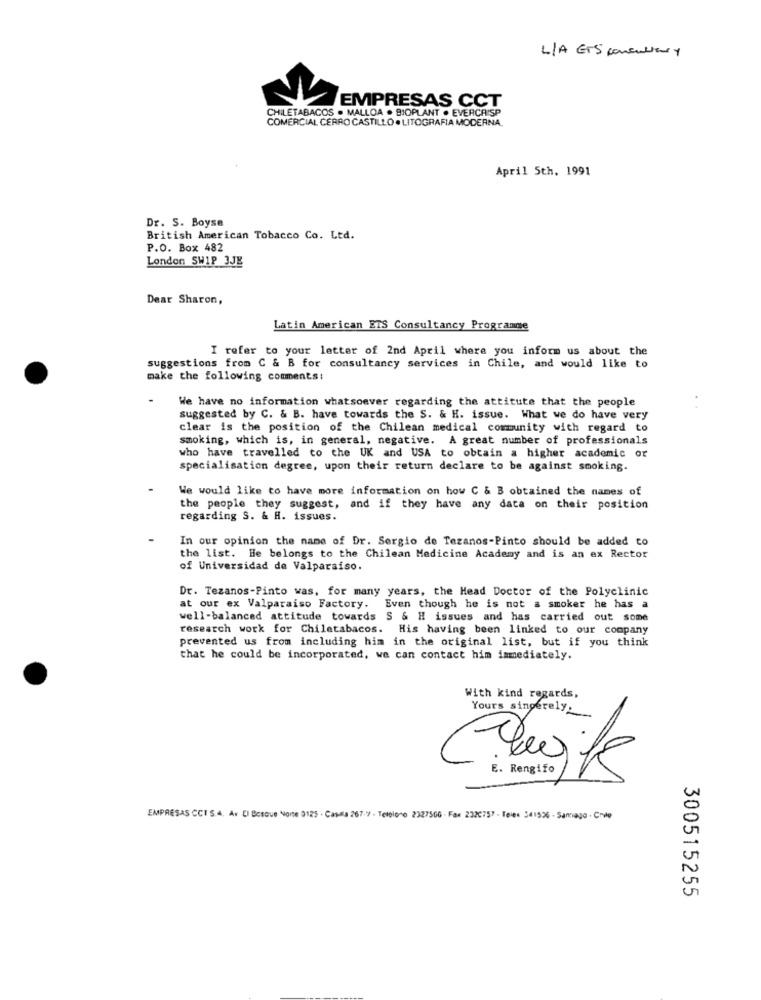
L/A ETS consultar y
EMPRESAS CCT
CHILETABACOS . MALLOA · BIOPLANT · EVERCRISP
COMERCIAL CERRO CASTILLO . LITOGRAFIA MODERNA
April 5th, 1991
Dr. S. Boyse
British American Tobacco Co. Ltd.
P.O. Box 482
London SWIP 3JE
Dear Sharon,
Latin American ETS Consultancy Programme
I refer to your letter of 2nd April where you inform us about the
suggestions from C & B for consultancy services in Chile, and would like to
make the following comments:
We have no information whatsoever regarding the attitute that the people
suggested by C. & B. have towards the S. & H. issue. What we do have very
clear is the position of the Chilean medical community with regard to
smoking, which is, in general, negative. A great number of professionals
who have travelled to the UK and USA to obtain a higher academic or
specialisation degree, upon their return declare to be against smoking.
We would like to have more information on how C & B obtained the names of
the people they suggest, and if they have any data on their position
regarding S. & H. issues.
In our opinion the name of Dr. Sergio de Tezanos-Pinto should be added to
the list. He belongs to the Chilean Medicine Academy and is an ex Rector
of Universidad de Valparaiso.
Dr. Tezanos-Pinto was, for many years, the Head Doctor of the Polyclinic
at our ex Valparaiso Factory. Even though he is not a smoker he has a
well-balanced attitude towards S & H issues and has carried out some
research work for Chiletabacos. His having been linked to our company
prevented us from including him in the original list, but if you think
that he could be incorporated, we can contact him immediately.
With kind regards,
Yours singerely.
E. Rengifo
EMPRESAS CCI S.4. Av D) Besove None 9125 · Capaa 267 9 - Telbloco 2327506 - Fax 2320757 - Tel: 341526 . Samago - Chip
300515255